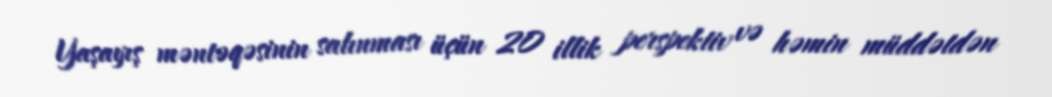
Yaşayış məntəqəsinin salınması üçün 20 illik perspektiv və həmin müddətdən